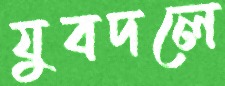
যুবদলে